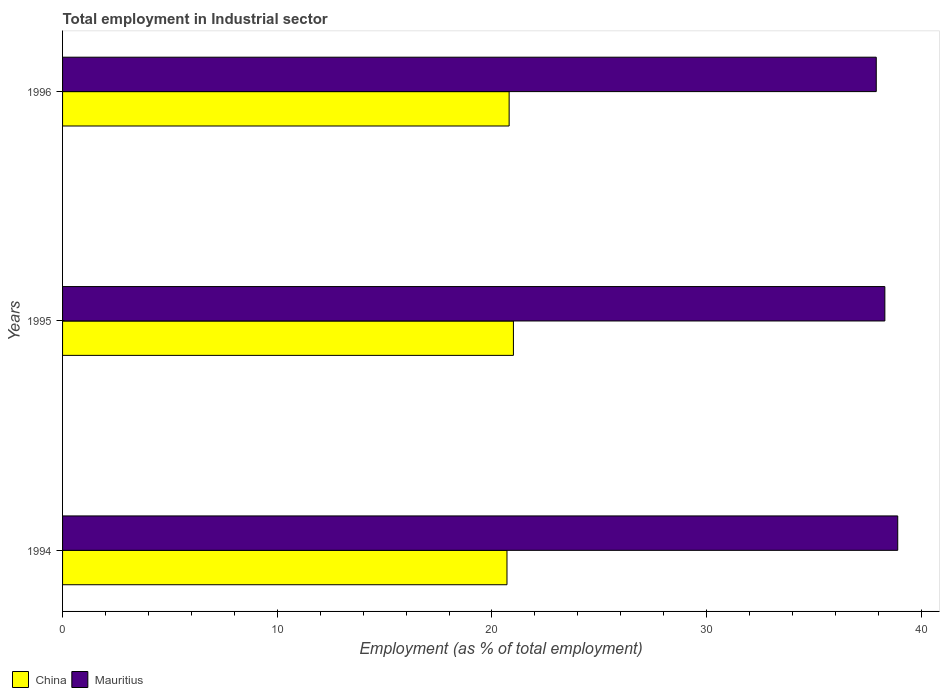
| Years | China | Mauritius |
 | --- | --- | --- |
 | 1994 | 20.7 | 38.9 |
 | 1995 | 21 | 38.3 |
 | 1996 | 20.8 | 37.9 |